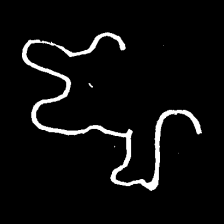
Pyu character \u2014 Myanmar letter: ဈ (romanized: jha)